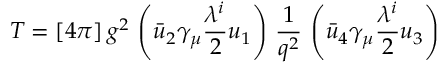
T = [ 4 \pi ] \, g ^ { 2 } \, \left( \bar { u } _ { 2 } \gamma _ { \mu } { \frac { \lambda ^ { i } } { 2 } } u _ { 1 } \right) \, { \frac { 1 } { q ^ { 2 } } } \, \left( \bar { u } _ { 4 } \gamma _ { \mu } { \frac { \lambda ^ { i } } { 2 } } u _ { 3 } \right)